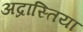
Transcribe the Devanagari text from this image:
अद्रास्तिया